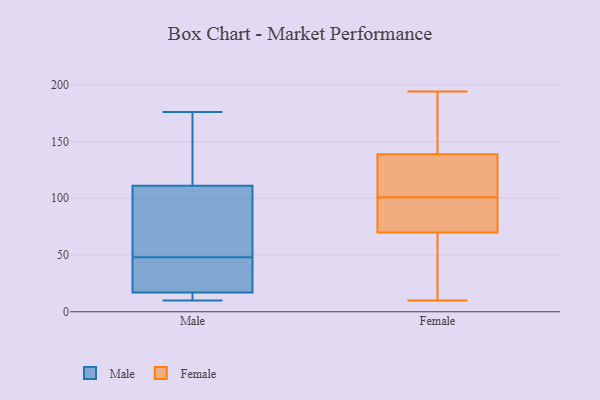
{"axis": {"x": "Website Visitors", "y": "Value"}, "legend": ["Female", "Male"], "data": [{"x": "", "y": 111, "type": "Male"}, {"x": "", "y": 42, "type": "Male"}, {"x": "", "y": 43, "type": "Male"}, {"x": "", "y": 11, "type": "Male"}, {"x": "", "y": 53, "type": "Male"}, {"x": "", "y": 54, "type": "Male"}, {"x": "", "y": 176, "type": "Male"}, {"x": "", "y": 10, "type": "Male"}, {"x": "", "y": 136, "type": "Male"}, {"x": "", "y": 17, "type": "Male"}, {"x": "", "y": 125, "type": "Male"}, {"x": "", "y": 33, "type": "Male"}, {"x": "", "y": 84, "type": "Male"}, {"x": "", "y": 12, "type": "Male"}, {"x": "", "y": 134, "type": "Female"}, {"x": "", "y": 69, "type": "Female"}, {"x": "", "y": 101, "type": "Female"}, {"x": "", "y": 70, "type": "Female"}, {"x": "", "y": 10, "type": "Female"}, {"x": "", "y": 58, "type": "Female"}, {"x": "", "y": 87, "type": "Female"}, {"x": "", "y": 101, "type": "Female"}, {"x": "", "y": 180, "type": "Female"}, {"x": "", "y": 133, "type": "Female"}, {"x": "", "y": 153, "type": "Female"}, {"x": "", "y": 98, "type": "Female"}, {"x": "", "y": 194, "type": "Female"}]}